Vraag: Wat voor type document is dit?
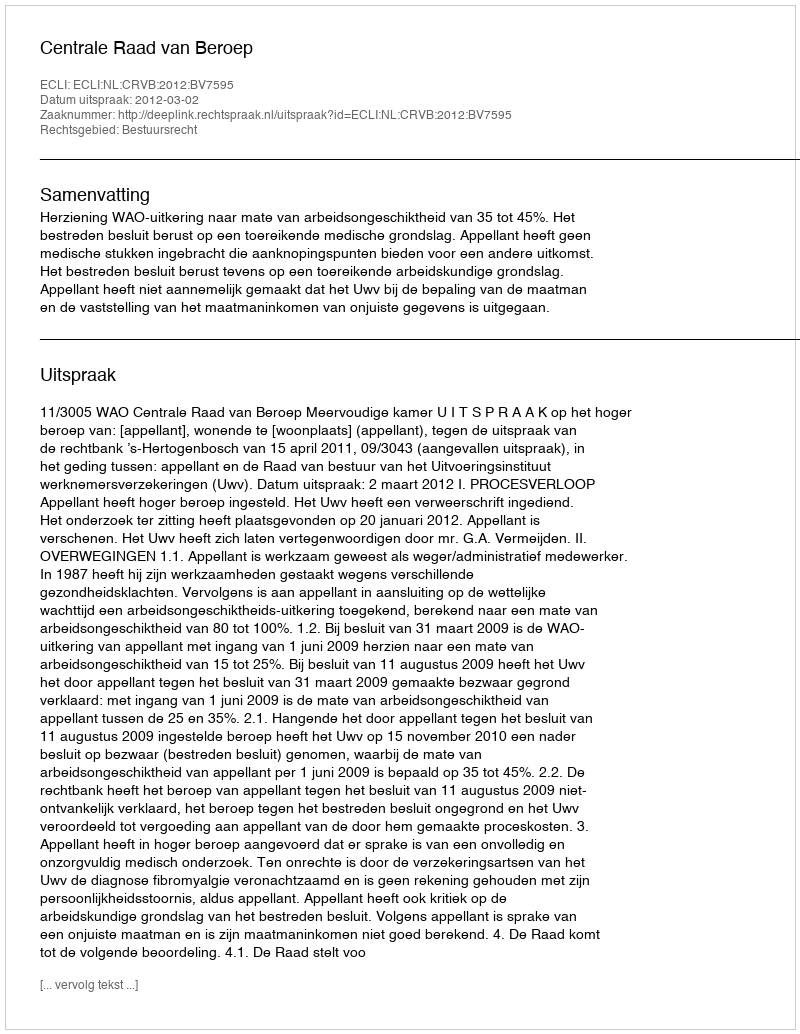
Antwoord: Uitspraak